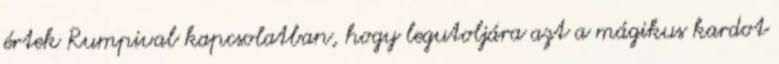
értek Rumpival kapcsolatban, hogy legutoljára azt a mágikus kardot